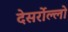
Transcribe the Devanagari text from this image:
देसर्रोल्लो